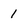
Character: 1